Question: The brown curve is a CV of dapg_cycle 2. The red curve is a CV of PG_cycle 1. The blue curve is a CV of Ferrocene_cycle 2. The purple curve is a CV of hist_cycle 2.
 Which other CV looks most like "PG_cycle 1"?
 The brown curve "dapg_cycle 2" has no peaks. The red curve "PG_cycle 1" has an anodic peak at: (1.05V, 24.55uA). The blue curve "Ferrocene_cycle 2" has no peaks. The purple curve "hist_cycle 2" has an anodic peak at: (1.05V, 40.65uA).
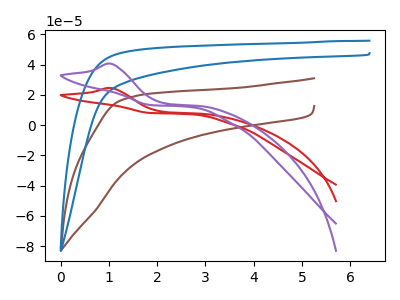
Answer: <think>"dapg_cycle 2" and "PG_cycle 1" have a different number of peaks. Neither "dapg_cycle 2" or "Ferrocene_cycle 2" have any peaks. "dapg_cycle 2" and "hist_cycle 2" have a different number of peaks. "PG_cycle 1" and "Ferrocene_cycle 2" have a different number of peaks. All the peaks in "PG_cycle 1" have a peak in "hist_cycle 2" at the same potential. Every peak in "PG_cycle 1" is lower than every peak in "hist_cycle 2". "Ferrocene_cycle 2" and "hist_cycle 2" have a different number of peaks.
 </think>
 <answer>The CV with the most similar shape to "hist_cycle 2" is "PG_cycle 1".</answer>
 <eval>"PG_cycle 1"</eval>